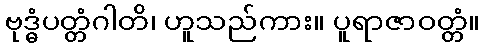
ဗုဒ္ဓံပတ္တံဂါတိ၊ ဟူသည်ကား။ ပူရာဇာဝတ္တံ။